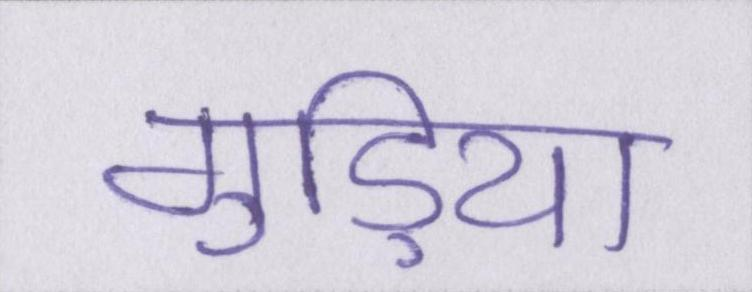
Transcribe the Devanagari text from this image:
गुड़िया